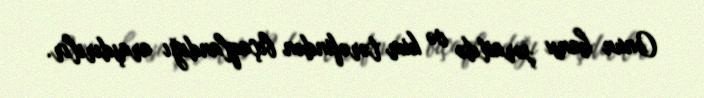
Onun hansı şəraitdə və kim tərəfindən bıçaqlandığı araşdırılır.